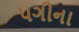
પગીના